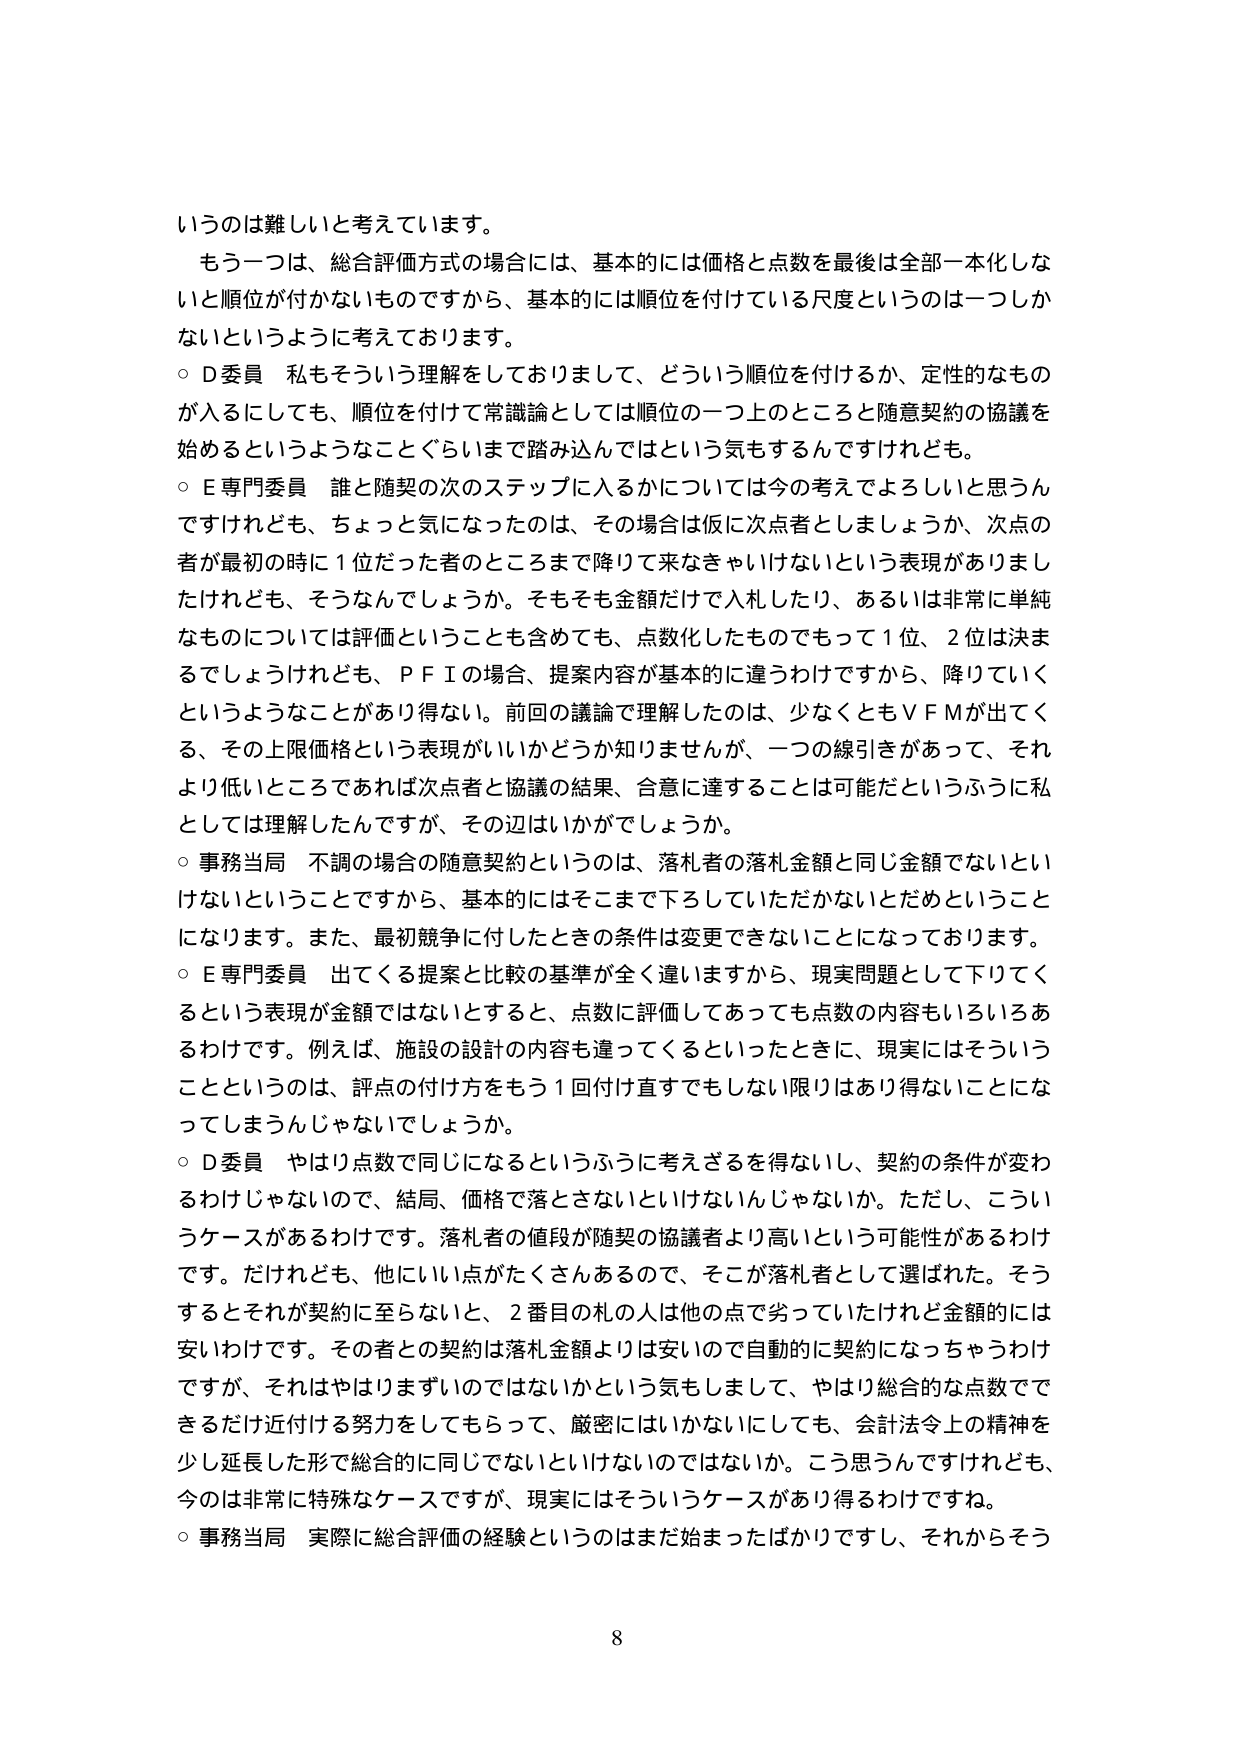
いうのは難しいと考えています。
もう一つは、総合評価方式の場合には、基本的には価格と点数を最後は全部一本化しないと順位が付かないものですから、基本的には順位を付けている尺度というのは一つしかないというように考えております。
○ D委員 私もそういう理解をしておりまして、どういう順位を付けるか、定性的なもの が入るにしても、順位を付けて常識論としては順位の一つ上のところと随意契約の協議を 始めるというようなことぐらいまで踏み込んではという気もするんですけれども。
○ E専門委員 誰と随契の次のステップに入るかについては今の考えでよろしいと思うん ですけれども、ちょっと気になったのは、その場合は仮に次点者としましょうか、次点の 者が最初の時に1位だった者のところまで降りて来なきゃいけないという表現がありまし たけれども、そうなんででしょうか。そもそも金額だけで入札したり、あるいは非常に単純 なものについては評価ということも含めても、点数化したものでもって1位、2位は決ま るでしょうけれども、ＰＦＩの場合、提案内容が基本的に違うわけですから、降りていく というようなことがあり得ない。前回の議論で理解したのは、少なくともＶＦＭが出てく る、その上限価格という表現がいいかどうか知りませんが、一つの線引きがあって、それ より低いところであれば次点者と協議の結果、合意に達することは可能だというふうに私 としては理解したんですが、その辺はいかがでしょうか。
○ 事務当局 不調の場合の随意契約というのは、落札者の落札金額と同じ金額でないとい けないということですから、基本的にはそこまで下ろしていただかないとだめということ になります。また、最初競争に付したときの条件は変更できないことになっております。
○ E専門委員 出てくる提案と比較の基準が全く違いますから、現実問題として下りてく るという表現が金額ではないとすると、点数に評価してあっても点数の内容もいろいろあ るわけです。例えば、施設の設計の内容も違ってくるといったときに、現実にはそういう ことというのは、評点の付け方をもう1回付け直すでもしない限りはあり得ないことにな ってしまうんじゃないでしょうか。
○ D委員 やはり点数で同じになるというふうに考えざるを得ないし、契約の条件が変わ るわけじゃないので、結局、価格で落とさないといけないんじゃなかいか。ただし、こうい うケースがあるわけです。落札者の値段が随契の協議者より高いという可能性があるわけ です。だけれども、他にいい点がたくさんあるので、そこが落札者として選ばれた。そう するとそれが契約に至らないと、2番目の札の人は他の点で劣っていたけれど金額的には 安いわけです。その者との契約は落札金額よりは安いので自動的に契約になっちゃうわけ ですが、それはやはりまずいのではないかという気もしまして、やはり総合的な点数でで きるだけ近付ける努力をしてもらって、厳密にはいかないにしても、会計法令上の精神を 少し延長した形で総合的に同じでないといけないのではないか。こう思うんですけれども、 今は非常に特殊なケースですが、現実にはそういうケースがあり得るわけですね。
○ 事務当局 実際に総合評価の経験というのはまだ始まったばかりですし、それからそう
8